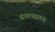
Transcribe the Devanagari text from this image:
बंगल्यातच